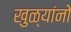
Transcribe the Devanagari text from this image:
खुळ्यांनो